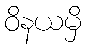
ဝိနယမှိ